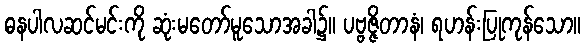
ဓနပါလဆင်မင်းကို ဆုံးမတော်မူသောအခါ၌။ ပဗ္ဗဇ္ဇိတာနံ၊ ရဟန်းပြုကုန်သော။